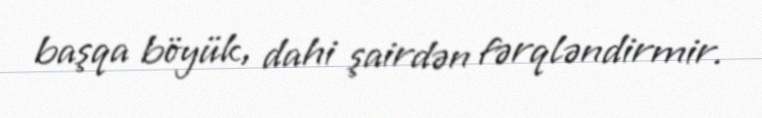
başqa böyük, dahi şairdən fərqləndirmir.